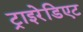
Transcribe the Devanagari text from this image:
ट्राइरेडिएट